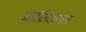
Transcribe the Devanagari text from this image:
क्रांतिदलात